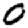
Digit: 0